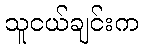
သူငယ်ချင်းက